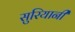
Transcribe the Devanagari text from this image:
सुरियानी